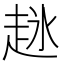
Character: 𬦋